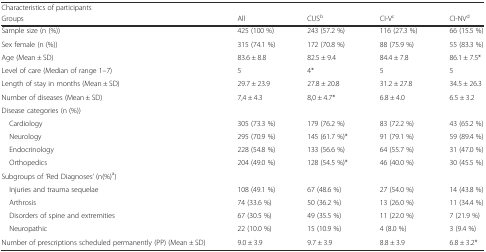
| <COLSPAN=5> Characteristics of participants |
 | Groups | All | CUSb | CI-Vc | CI-NVd |
 | --- | --- | --- | --- | --- |
 | Sample size (n (%)) | 425 (100 %) | 243 (57.2 %) | 116 (27.3 %) | 66 (15.5 %) |
 | Sex female (n (%)) | 315 (74.1 %) | 172 (70.8 %) | 88 (75.9 %) | 55 (83.3 %) |
 | Age (Mean ± SD) | 83.6 ± 8.8 | 82.5 ± 9.4 | 84.4 ± 7.8 | 86.1 ± 7.5* |
 | Level of care (Median of range 1–7) | 5 | 4* | 5 | 5 |
 | Length of stay in months (Mean ± SD) | 29.7 ± 23.9 | 27.8 ± 20.8 | 31.2 ± 27.8 | 34.5 ± 26.3 |
 | Number of diseases (Mean ± SD) | 7,4 ± 4.3 | 8,0 ± 4.7* | 6.8 ± 4.0 | 6.5 ± 3.2 |
 | Disease categories (n (%)) |  |  |  |  |
 | Cardiology | 305 (73.3 %) | 179 (76.2 %) | 83 (72.2 %) | 43 (65.2 %) |
 | Neurology | 295 (70.9 %) | 145 (61.7 %)* | 91 (79.1 %) | 59 (89.4 %) |
 | Endocrinology | 228 (54.8 %) | 133 (56.6 %) | 64 (55.7 %) | 31 (47.0 %) |
 | Orthopedics | 204 (49.0 %) | 128 (54.5 %)* | 46 (40.0 %) | 30 (45.5 %) |
 | Subgroups of ‘Red Diagnoses’ (n(%)a) |  |  |  |  |
 | Injuries and trauma sequelae | 108 (49.1 %) | 67 (48.6 %) | 27 (54.0 %) | 14 (43.8 %) |
 | Arthrosis | 74 (33.6 %) | 50 (36.2 %) | 13 (26.0 %) | 11 (34.4 %) |
 | Disorders of spine and extremities | 67 (30.5 %) | 49 (35.5 %) | 11 (22.0 %) | 7 (21.9 %) |
 | Neuropathic | 22 (10.0 %) | 15 (10.9 %) | 4 (8.0 %) | 3 (9.4 %) |
 | Number of prescriptions scheduled permanently (PP) (Mean ± SD) | 9.0 ± 3.9 | 9.7 ± 3.9 | 8.8 ± 3.9 | 6.8 ± 3.2* |